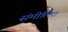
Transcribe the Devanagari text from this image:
संमीलित